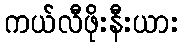
ကယ်လီဖိုးနီးယား